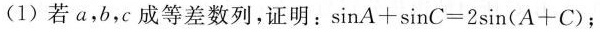
(1)若a，b，c成等差数列，证明：$$ \sin A + \sin C=2 \sin (A+C) $$；